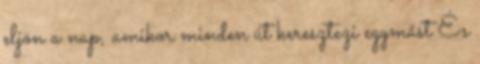
eljön a nap, amikor minden út keresztezi egymást És